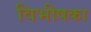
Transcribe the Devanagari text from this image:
विभीषका